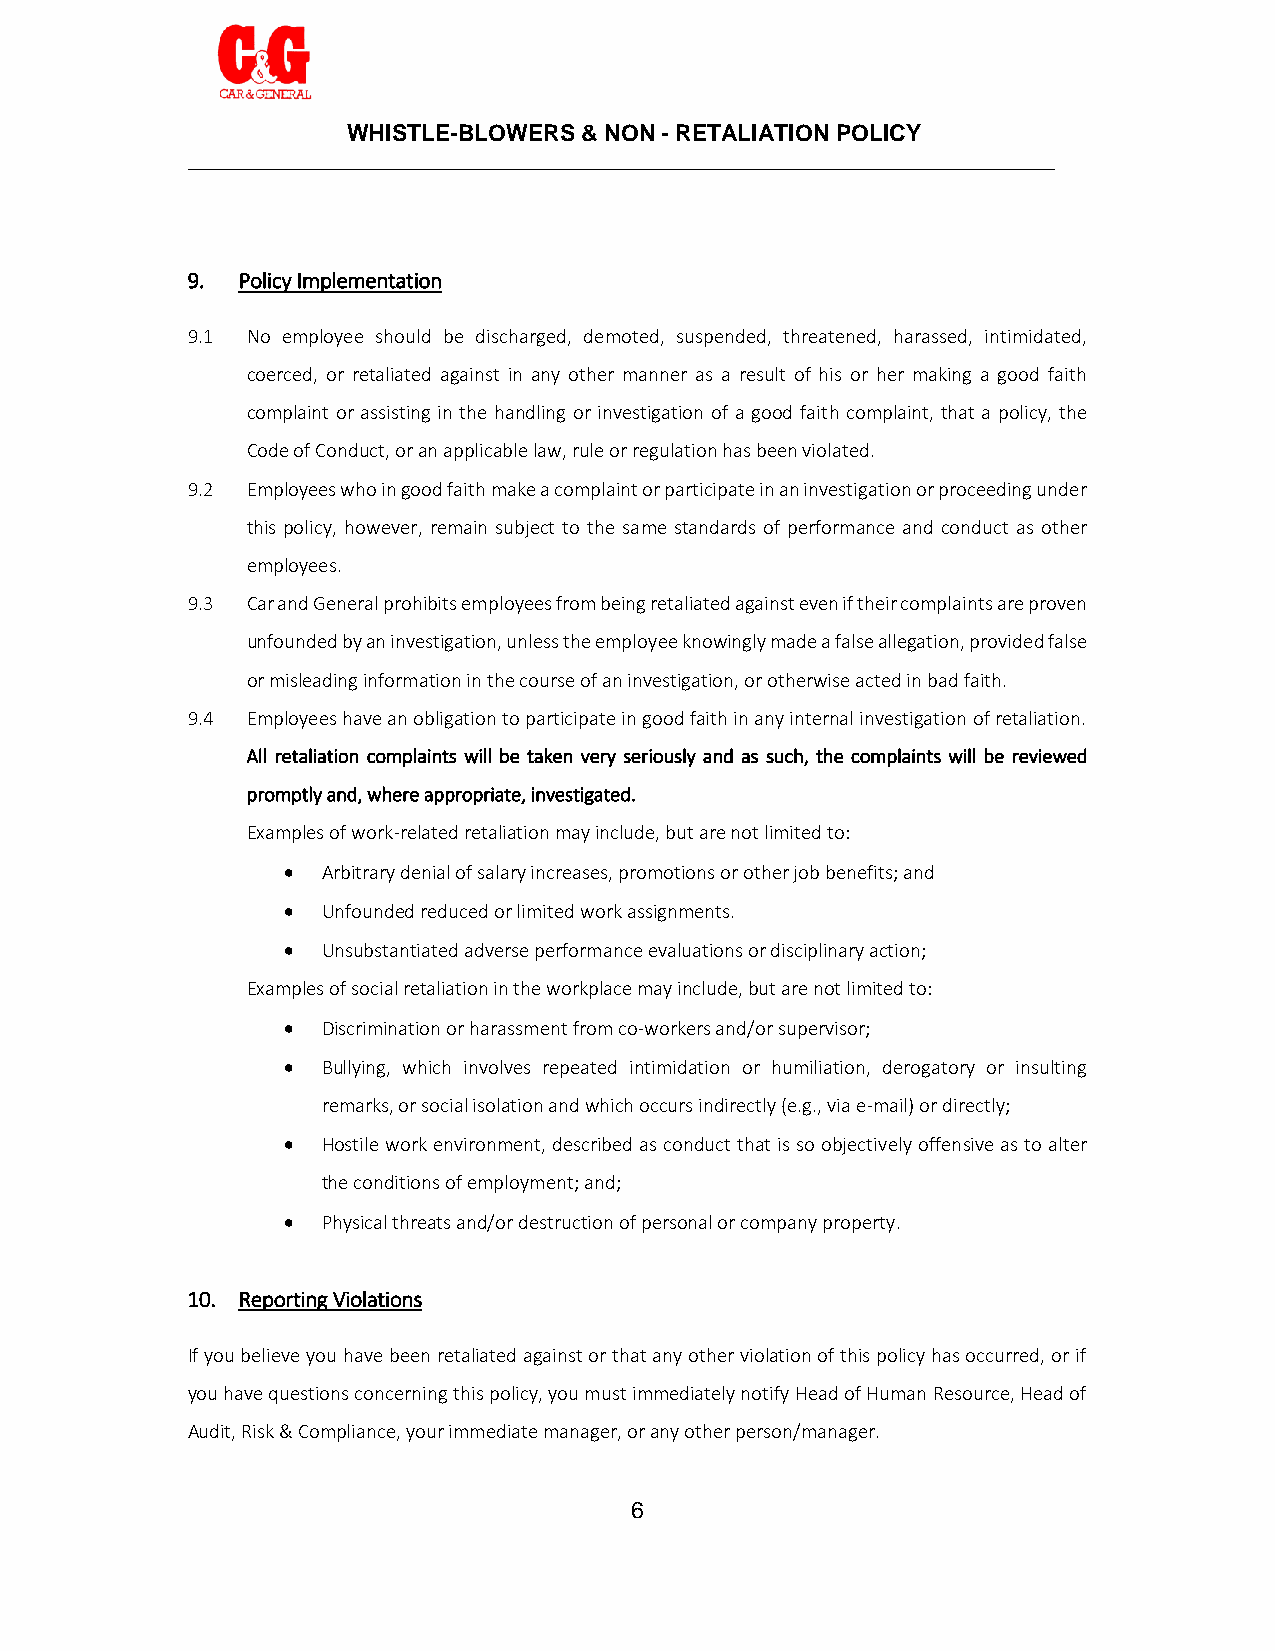
WHISTLE-BLOWERS & NON - RETALIATION POLICY
 ____________________________________________________________________
 9.  Policy Implementation
 9.1 No employee should be discharged, demoted, suspended, threatened, harassed, intimidated,
 coerced, or retaliated against in any other manner as a result of his or her making a good faith
 complaint or assisting in the handling or investigation of a good faith complaint, that a policy, the
 Code of Conduct, or an applicable law, rule or regulation has been violated.
 9.2 Employees who in good faith make a complaint or participate in an investigation or proceeding under
 this policy, however, remain subject to the same standards of performance and conduct as other
 employees.
 9.3 Car and General prohibits employees from being retaliated against even if their complaints are proven
 unfounded by an investigation, unless the employee knowingly made a false allegation, provided false
 or misleading information in the course of an investigation, or otherwise acted in bad faith.
 9.4 Employees have an obligation to participate in good faith in any internal investigation of retaliation.
 All retaliation complaints will be taken very seriously and as such, the complaints will be reviewed
 promptly and, where appropriate, investigated.
 Examples of work-related retaliation may include, but are not limited to:
  Arbitrary denial of salary increases, promotions or other job benefits; and
  Unfounded reduced or limited work assignments.
  Unsubstantiated adverse performance evaluations or disciplinary action;
 Examples of social retaliation in the workplace may include, but are not limited to:
  Discrimination or harassment from co-workers and/or supervisor;
  Bullying, which involves repeated intimidation or humiliation, derogatory or insulting
 remarks, or social isolation and which occurs indirectly (e.g., via e-mail) or directly;
  Hostile work environment, described as conduct that is so objectively offensive as to alter
 the conditions of employment; and;
  Physical threats and/or destruction of personal or company property.
 10. Reporting Violations
 If you believe you have been retaliated against or that any other violation of this policy has occurred, or if
 you have questions concerning this policy, you must immediately notify Head of Human Resource, Head of
 Audit, Risk & Compliance, your immediate manager, or any other person/manager.
 6